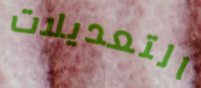
التعديلات